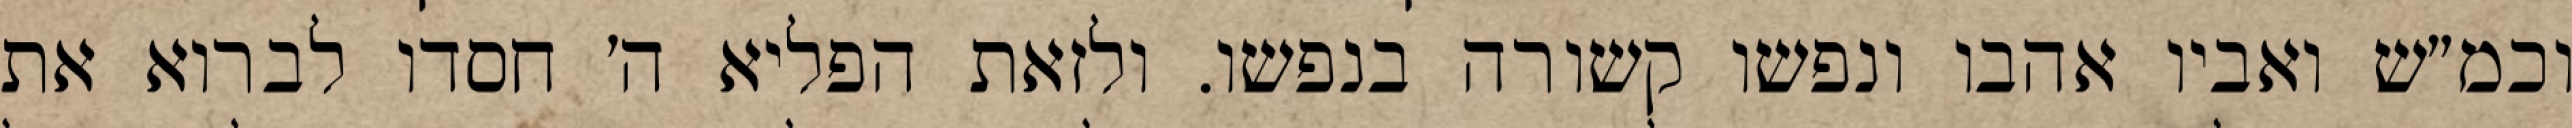
וכמ״ש ואביו אהבו ונפשו קשורה בנפשו. ולזאת הפליא ה׳ חסדו לברוא את